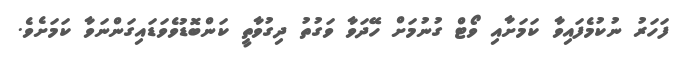
ފަހަރު ނުކުމެފައިވާ ކަމަށާއި ވޯޓް ގުނުމަށް ހޭދަވާ ވަގުތު ދިގުވާތީ ކަންބޮޑުވެވަޑައިގަންނަވާ ކަމަށެވެ.